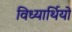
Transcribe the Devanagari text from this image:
विध्यार्थियों